Madras plague regulations in force outside the Presidency town - Volume 2
Disease focus: Plague
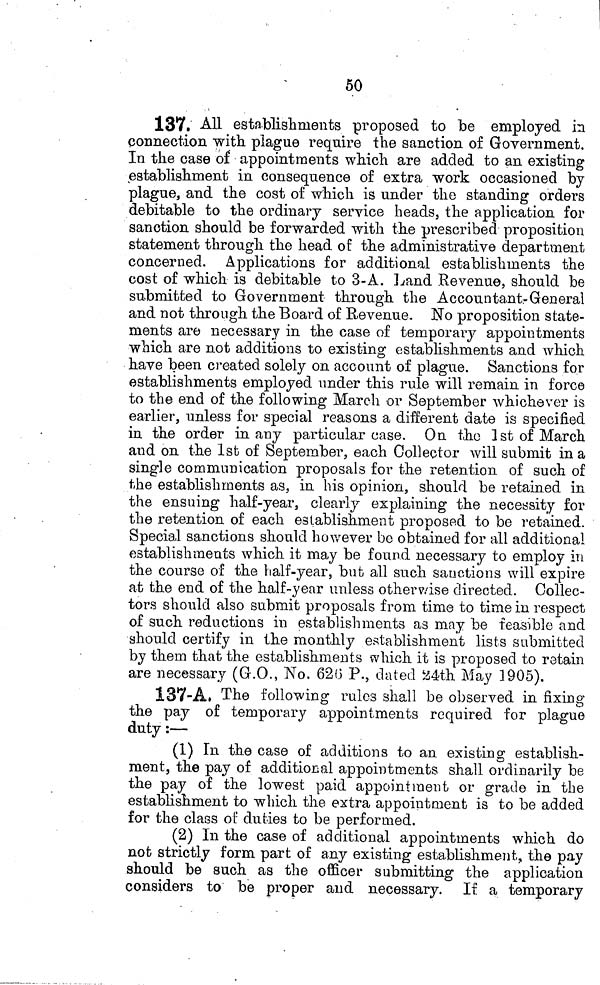
50
137. All establishments proposed to be employed in
connection with plague require the sanction of Government.
In the case of appointments which are added to an existing
establishment in consequence of extra work occasioned by
plague, and the cost of which is under the standing orders
debitable to the ordinary service heads, the application for
sanction should be forwarded with the prescribed proposition
statement through the head of the administrative department
concerned. Applications for additional establishments the
cost of which is debitable to 3-A. Land Revenue, should be
submitted to Government through the Accountant-General
and not through the Board of Revenue. No proposition state-
ments are necessary in the case of temporary appointments
which are not additions to existing establishments and which
have been created solely on account of plague. Sanctions for
establishments employed under this rule will remain in force
to the end of the following March or September whichever is
earlier, unless for special reasons a different date is specified
in the order in any particular case. On the 1st of March
and on the 1st of September, each Collector will submit in a
single communication proposals for the retention of such of
the establishments as, in his opinion, should be retained in
the ensuing half-year, clearly explaining the necessity for
the retention of each establishment proposed to be retained.
Special sanctions should however be obtained for all additional
establishments which it may be found necessary to employ in
the course of the half-year, but all such sanctions will expire
at the end of the half-year unless otherwise directed. Collec-
tors should also submit proposals from time to time in respect
of such reductions in establishments as may be feasible and
should certify in the monthly establishment lists submitted
by them that the establishments which it is proposed to retain
are necessary (G.O., No. 62(3 P., dated 24th May 1905).
137-A The following rules shall be observed in fixing
the pay of temporary appointments required for plague
duty :—
(1) In the case of additions to an existing establish-
ment, the pay of additional appointments shall ordinarily be
the pay of the lowest paid appointment or grade in the
establishment to which the extra appointment is to be added
for the class of duties to be performed.
(2) In the case of additional appointments which do
not strictly form part of any existing establishment, the pay
should be such as the officer submitting the application
considers to be proper and necessary. If a temporary